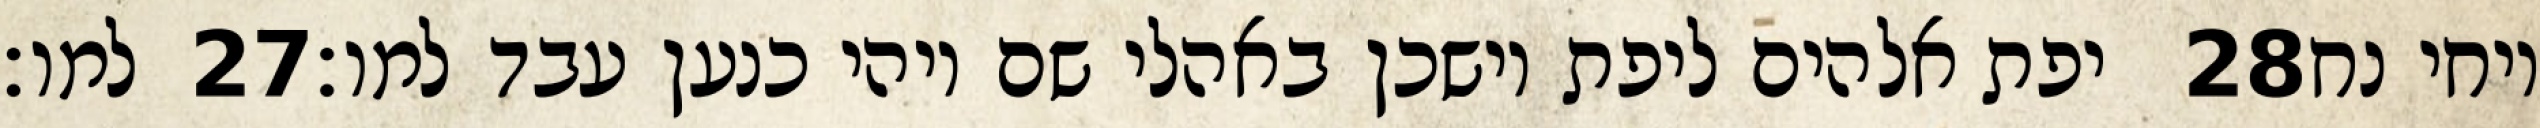
למו׃ ‎27‏ יפת אלהים ליפת וישכן באהלי שם ויהי כנען עבד למו׃ ‎28‏ ויחי נח